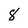
Character: 8